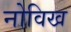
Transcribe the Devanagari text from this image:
नोविख